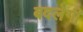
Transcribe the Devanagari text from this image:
बदलेगीं